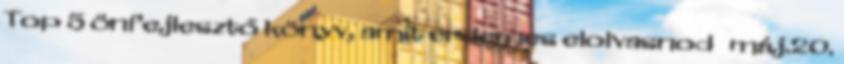
Top 5 önfejlesztő könyv, amit érdemes elolvasnod máj.20.